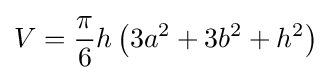
V={\frac {\pi }{6}}h\left(3a^{2}+3b^{2}+h^{2}\right)